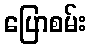
ပြောစမ်း